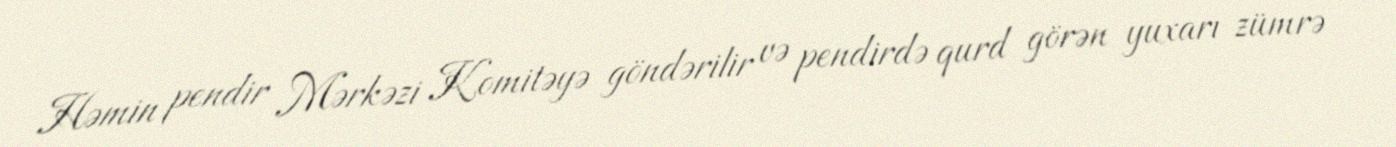
Həmin pendir Mərkəzi Komitəyə göndərilir və pendirdə qurd görən yuxarı zümrə